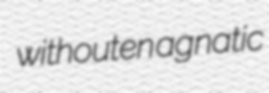
withouten agnatic